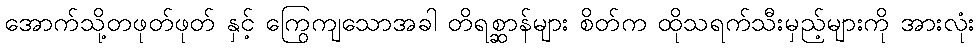
အောက်သို့တဖုတ်ဖုတ် နှင့် ကြွေကျသောအခါ တိရစ္ဆာန်များ စိတ်က ထိုသရက်သီးမှည့်များကို အားလုံး